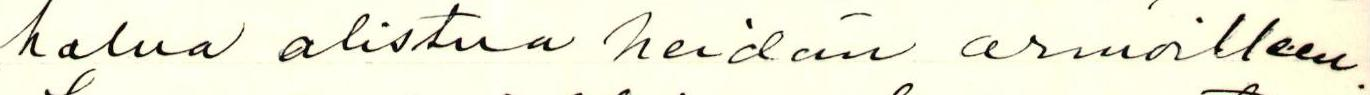
halua alistua heidän armoilleen.